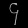
Digit: ၄